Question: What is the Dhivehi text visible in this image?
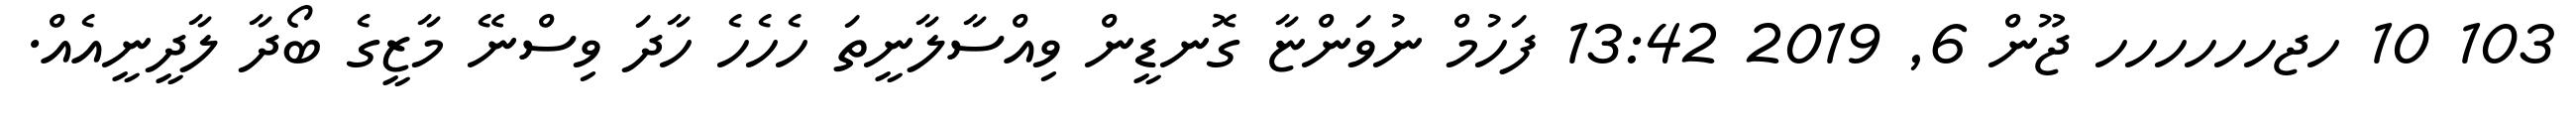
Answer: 103 10 ހޖހހހހހހ ޖޫން 6, 2019 13:42 ފަހުމް ނުވަންޏާ ގޮނޑީން ވިއްސާލާނީތަ ހެހެހެ ހާދަ ވިސްނޭ މާޒީގެ ބޯދާ ލާދީނީއެއް.